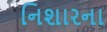
નિશારના